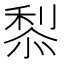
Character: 𥟦